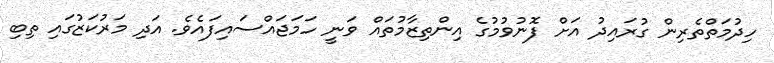
ހިދުމަތްތެރިން ގުރައިދު އަށް ފޮނުވުމުގެ އިންތިޒާމުތައް ވަނީ ހަމަޖައްސައިފައެވެ. އަދި މަރުކަޒުގައި ތިބި